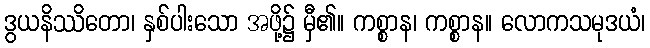
ဒွယနိဿိတော၊ နှစ်ပါးသော အဖို့၌ မှီ၏။ ကစ္စာန၊ ကစ္စာန။ လောကသမုဒယံ၊